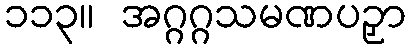
၁၁၃။ အဂ္ဂဂ္ဂသမဏပဉှာ